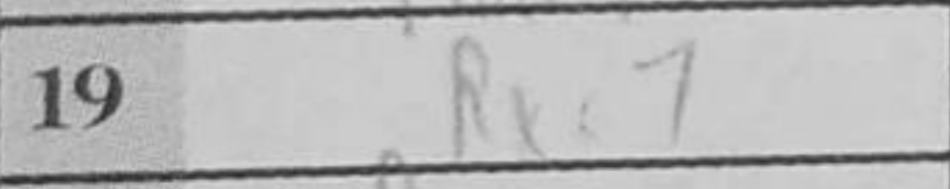
Transcription: Rxc7